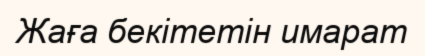
Жаға бекітетін имарат